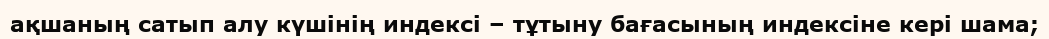
ақшаның сатып алу күшінің индексі – тұтыну бағасының индексіне кері шама;